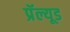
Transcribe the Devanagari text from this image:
प्रॅल्यूड